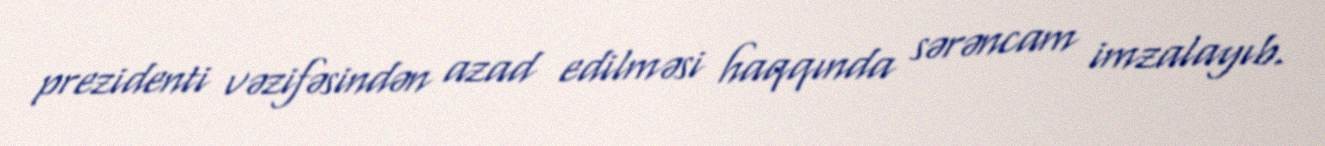
prezidenti vəzifəsindən azad edilməsi haqqında sərəncam imzalayıb.